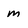
Character: m